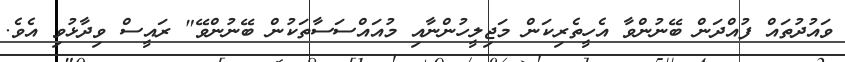
ވައުދުތައް ފުއްދަން ބޭނުންވާ އެހީތެރިކަން މަޖިލީހުންނާއި މުއައްސަސާތަކުން ބޭނުންވޭ" ރައީސް ވިދާޅުވި އެވެ.